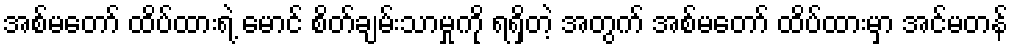
အစ်မတော် ထိပ်ထားရဲ့ မောင် စိတ်ချမ်းသာမှုကို ရရှိတဲ့ အတွက် အစ်မတော် ထိပ်ထားမှာ အင်မတန်